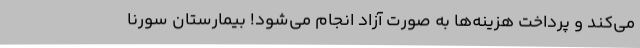
می‌کند و پرداخت هزینه‌ها به صورت آزاد انجام می‌شود! بیمارستان سورنا